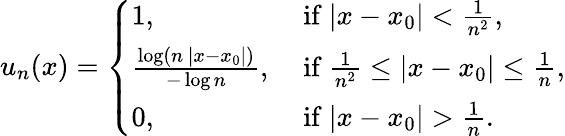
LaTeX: \begin{array}{r}{u_{n}(x)=\left\{ \begin{array}{ll}{1,}&{\mathrm{~if~}|x-x_{0}|<\frac{1}{n^{2}},}\\ {\frac{\log\left(n\, |x-x_{0}|\right)}{-\log n},}&{\mathrm{~if~}\frac{1}{n^{2}}\le|x-x_{0}|\le\frac{1}{n},}\\ {0,}&{\mathrm{~if~}|x-x_{0}|>\frac{1}{n}.}\end{array}\right.}\end{array}